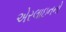
એરલાઇનનો